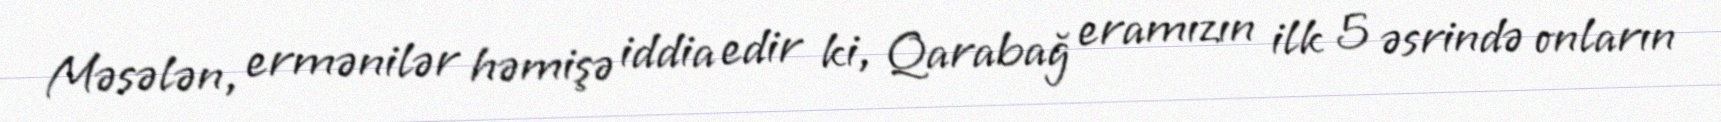
Məsələn, ermənilər həmişə iddia edir ki, Qarabağ eramızın ilk 5 əsrində onların